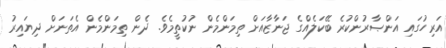
އަރިހުގައި އަންޞާރުންކުރެ ބޭކަލެއްގެ ޖަނާޒާއަށް ތިމަންމެން ނުކުތީމެވެ. ދެން ތިމަންމެން އެތަނަށް ދިޔައިރު